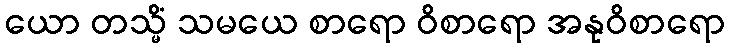
ယော တသ္မိံ သမယေ စာရော ဝိစာရော အနုဝိစာရော